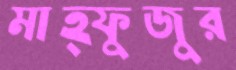
মাহ্ফুজুর